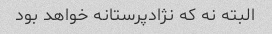
البته نه که نژادپرستانه خواهد بود